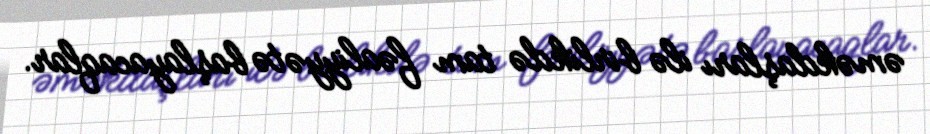
əməkdaşları ilə birlikdə tam fəaliyyətə başlayacaqlar.